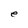
Character: e